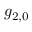
g _ { 2 , 0 }